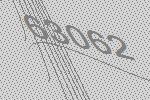
63062